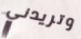
وتريدني